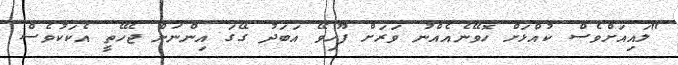
"ލައިއަށްވެސް ކުއްޅަށް ހޮވޭނެއެއްނު ވަރަށް ފޫހިވޭ އަބަދު ގޭގަ އިންނަން ޖެހޭތީ އެކަކުވެސް